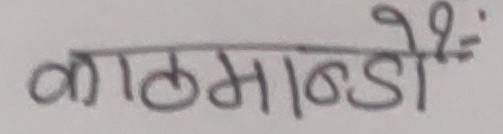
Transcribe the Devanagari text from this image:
काठमाण्डौँः